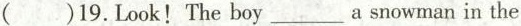
() 19. Look! The boy a___snowman in the